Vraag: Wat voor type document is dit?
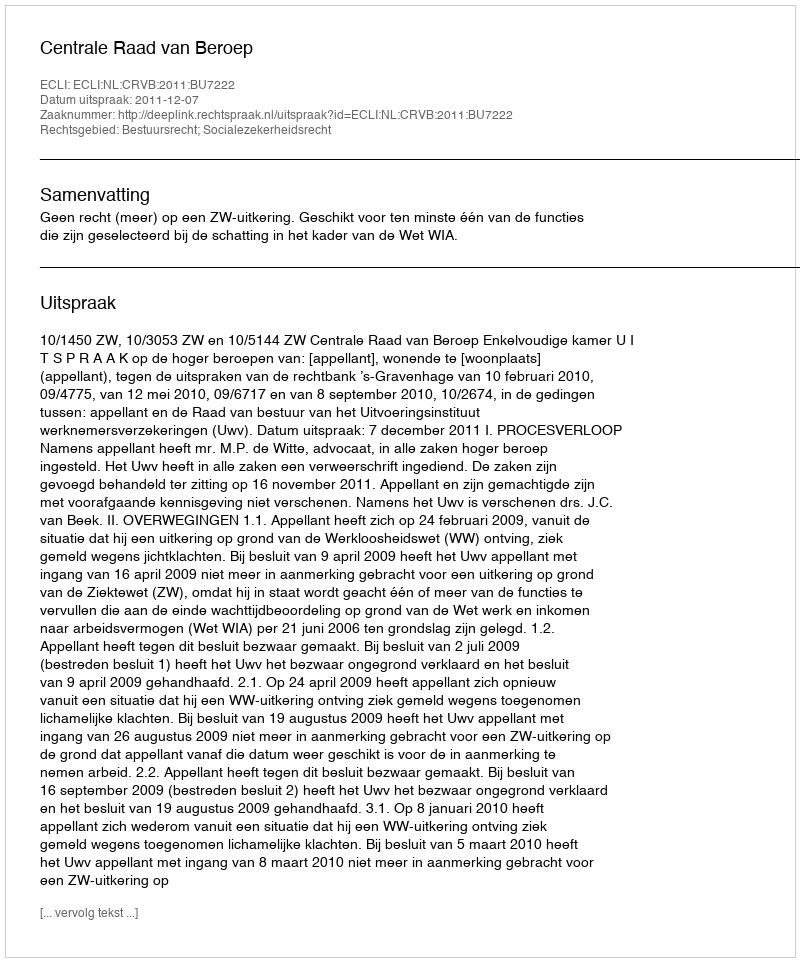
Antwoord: Uitspraak